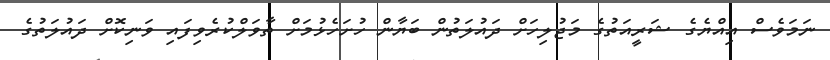
ނަމަވެސް އިއްޔެގެ ޝަރީއަތުގެ މަޖުލިހަށް ދައުލަތުން ބަޔާން ހުށަހެޅުމަށް ތާވަލްކުރެވިފައި ވަނިކޮށް ދައުލަތުގެ